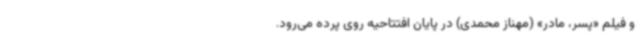
و فیلم «پسر، مادر» (مهناز محمدی) در پایان افتتاحیه روی پرده می‌رود.